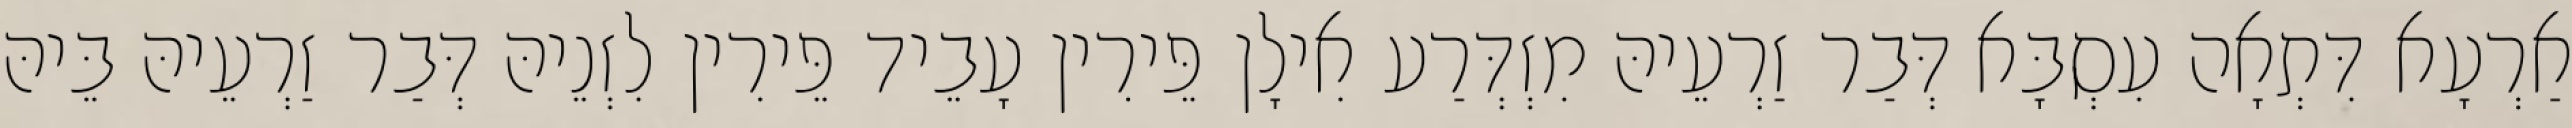
אַרְעָא דִּתְאָה עִסְבָּא דְּבַר זַרְעֵיהּ מִזְדְּרַע אִילָן פֵּירִין עָבֵיד פֵּירִין לִזְנֵיהּ דְּבַר זַרְעֵיהּ בֵּיהּ